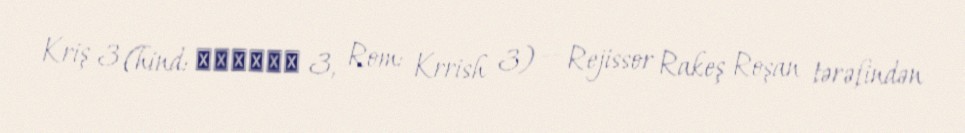
Kriş 3 (hind: कृषकृष 3, Rom: Krrish 3) — Rejissor Rakeş Roşan tərəfindən